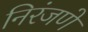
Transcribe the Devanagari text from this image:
निरंजणे